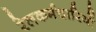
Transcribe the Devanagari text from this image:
रेलकर्मचारियों